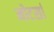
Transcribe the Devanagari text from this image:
मोटर्सा